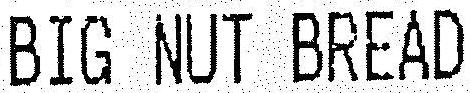
BIG NUT BREAD